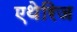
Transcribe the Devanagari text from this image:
एथेरिज